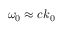
\omega _ { 0 } \approx c k _ { 0 }